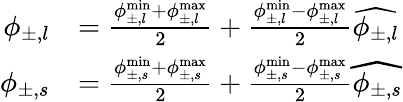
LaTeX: \begin{array}{rl}{\phi_{\pm,l}}&{=\frac{\phi_{\pm,l}^{\operatorname*{min}}+\phi_{\pm,l}^{\operatorname*{max}}}{2}+\frac{\phi_{\pm,l}^{\operatorname*{min}}-\phi_{\pm,l}^{\operatorname*{max}}}{2}\widehat{{\phi_{\pm,l}}}}\\ {\phi_{\pm,s}}&{=\frac{\phi_{\pm,s}^{\operatorname*{min}}+\phi_{\pm,s}^{\operatorname*{max}}}{2}+\frac{\phi_{\pm,s}^{\operatorname*{min}}-\phi_{\pm,s}^{\operatorname*{max}}}{2}\widehat{{\phi_{\pm,s}}}}\end{array}